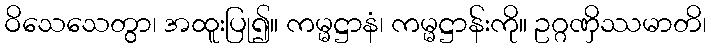
ဝိသေသေတွာ၊ အထူးပြု၍။ ကမ္မဋ္ဌာနံ၊ ကမ္မဋ္ဌာန်းကို။ ဥဂ္ဂဏှိဿမာတိ၊